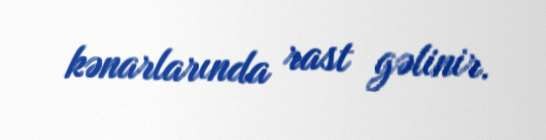
kənarlarında rast gəlinir.